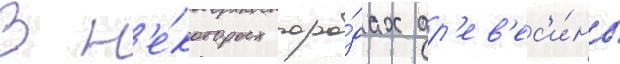
В н'е́которых поро́дах др'ев'ес'и́ны